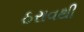
ઠરાવથી